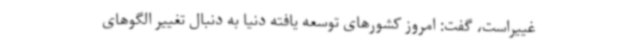
غییراست، گفت: امروز کشورهای توسعه یافته دنیا به دنبال تغییر الگوهای